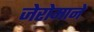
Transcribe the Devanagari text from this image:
जेरोमाने